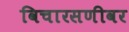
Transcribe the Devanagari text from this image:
विचारसणीवर